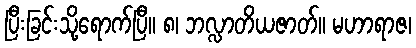
ပြီးခြင်းသို့ရောက်ပြီ။ ၈၊ ဘလ္လာတိယဇာတ်။ မဟာရာဇ၊